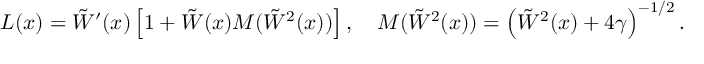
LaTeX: L ( x ) = \tilde { W } ^ { \prime } ( x ) \left[ 1 + \tilde { W } ( x ) M ( \tilde { W } { } ^ { 2 } ( x ) ) \right] , \quad M ( \tilde { W } { } ^ { 2 } ( x ) ) = \left( \tilde { W } ^ { 2 } ( x ) + 4 \gamma \right) ^ { - 1 / 2 } .